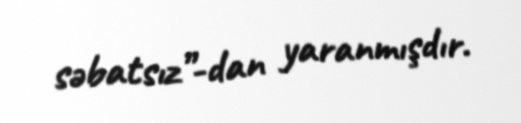
səbatsız”-dan yaranmışdır.